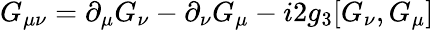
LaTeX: G_{\mu\nu}=\partial_{\mu}G_{\nu}-\partial_{\nu}G_{\mu}-i2g_{3}[G_{\nu},G_{\mu}]